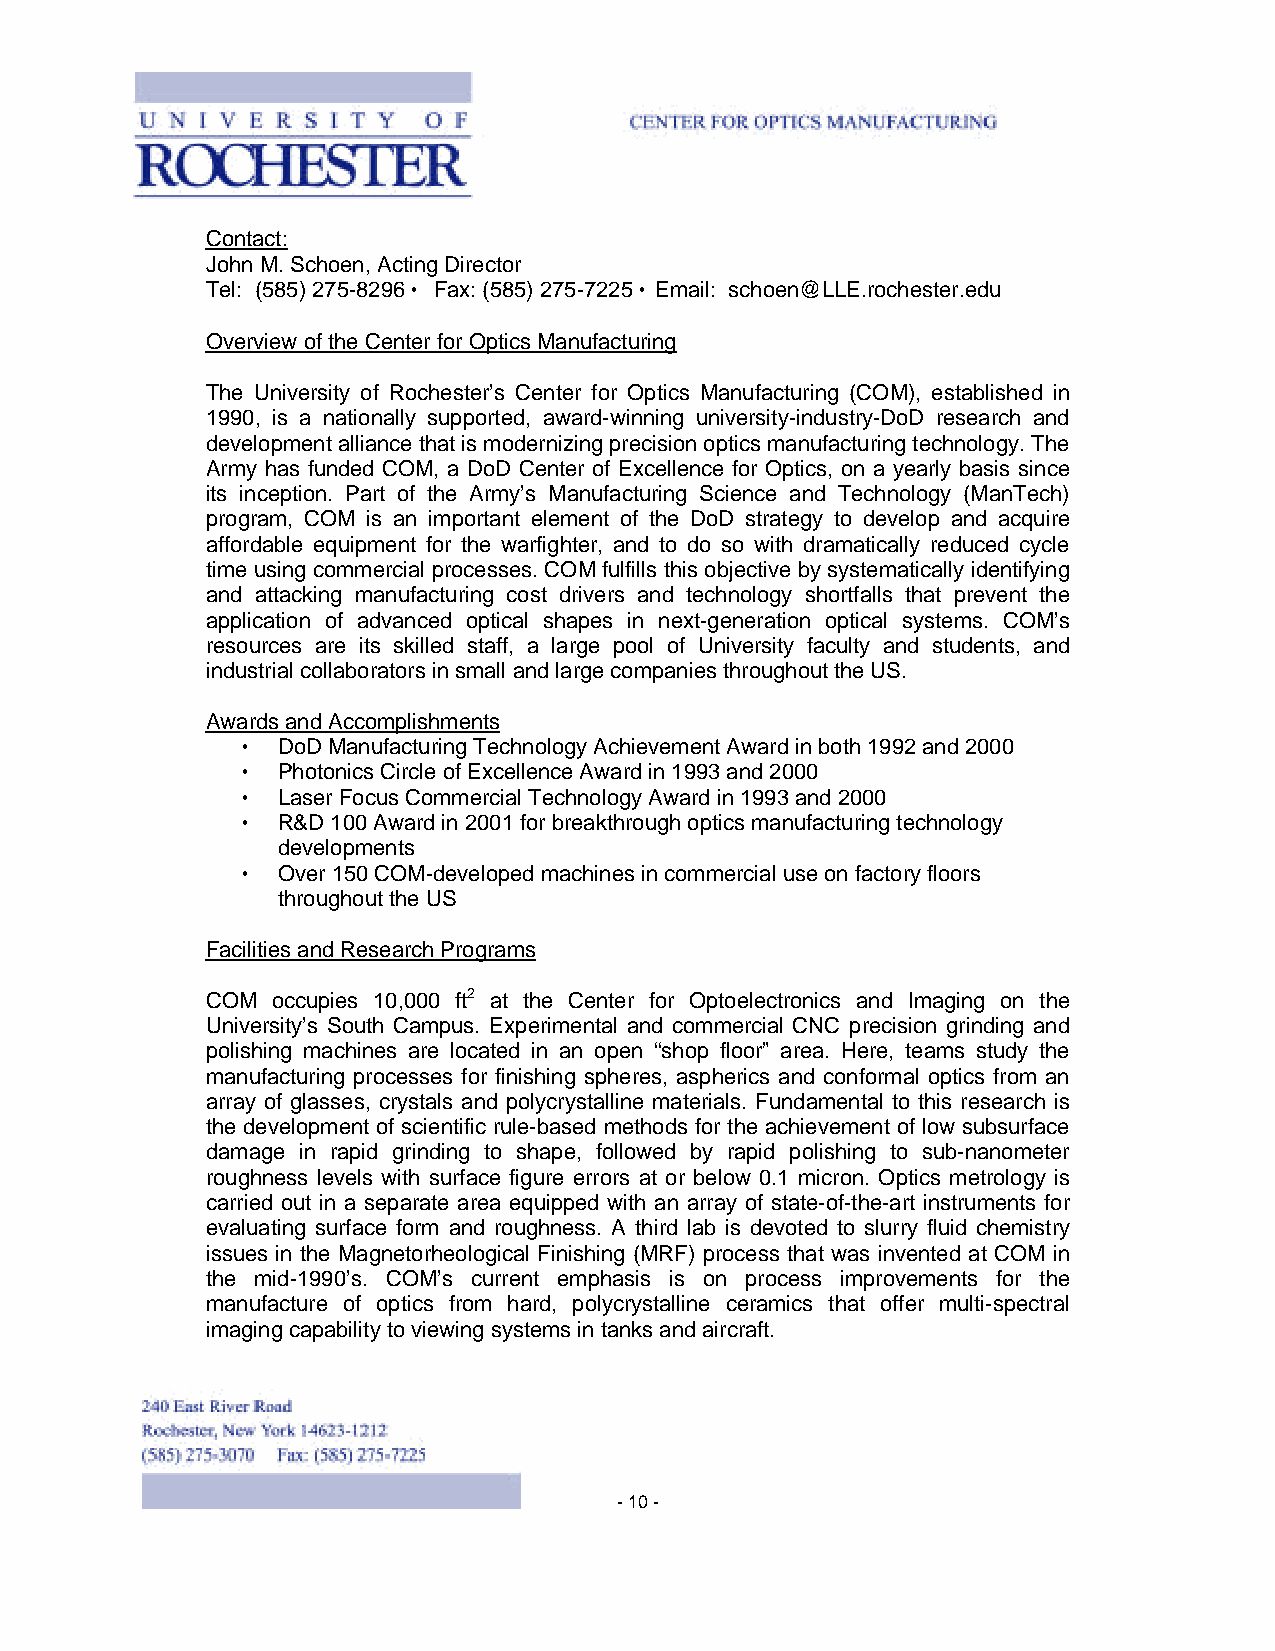
Contact:
 John M. Schoen, Acting Director
 Tel: (585) 275-8296 • Fax: (585) 275-7225 • Email: schoen@LLE.rochester.edu
 Overview of the Center for Optics Manufacturing
 The University of Rochester’s Center for Optics Manufacturing (COM), established in
 1990, is a nationally supported, award-winning university-industry-DoD research and
 development alliance that is modernizing precision optics manufacturing technology. The
 Army has funded COM, a DoD Center of Excellence for Optics, on a yearly basis since
 its inception. Part of the Army’s Manufacturing Science and Technology (ManTech)
 program, COM is an important element of the DoD strategy to develop and acquire
 affordable equipment for the warfighter, and to do so with dramatically reduced cycle
 time using commercial processes. COM fulfills this objective by systematically identifying
 and attacking manufacturing cost drivers and technology shortfalls that prevent the
 application of advanced optical shapes in next-generation optical systems. COM’s
 resources are its skilled staff, a large pool of University faculty and students, and
 industrial collaborators in small and large companies throughout the US.
 Awards and Accomplishments
 • DoD Manufacturing Technology Achievement Award in both 1992 and 2000
 • Photonics Circle of Excellence Award in 1993 and 2000
 • Laser Focus Commercial Technology Award in 1993 and 2000
 • R&D 100 Award in 2001 for breakthrough optics manufacturing technology
 developments
 • Over 150 COM-developed machines in commercial use on factory floors
 throughout the US
 Facilities and Research Programs
 COM occupies 10,000 ft2 at the Center for Optoelectronics and Imaging on the
 University’s South Campus. Experimental and commercial CNC precision grinding and
 polishing machines are located in an open “shop floor” area. Here, teams study the
 manufacturing processes for finishing spheres, aspherics and conformal optics from an
 array of glasses, crystals and polycrystalline materials. Fundamental to this research is
 the development of scientific rule-based methods for the achievement of low subsurface
 damage in rapid grinding to shape, followed by rapid polishing to sub-nanometer
 roughness levels with surface figure errors at or below 0.1 micron. Optics metrology is
 carried out in a separate area equipped with an array of state-of-the-art instruments for
 evaluating surface form and roughness. A third lab is devoted to slurry fluid chemistry
 issues in the Magnetorheological Finishing (MRF) process that was invented at COM in
 the mid-1990’s. COM’s current emphasis is on process improvements for the
 manufacture of optics from hard, polycrystalline ceramics that offer multi-spectral
 imaging capability to viewing systems in tanks and aircraft.
 - 10 -